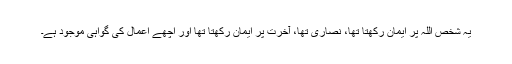
یہ شخص اللہ پر ایمان رکھتا تھا، نصاری تھا، آخرت پر ایمان رکھتا تھا اور اچھے اعمال کی گواہی موجود ہے۔